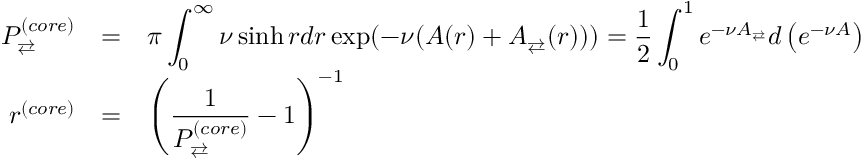
\begin{array} { r l l } { P _ { \rightleftarrows } ^ { ( c o r e ) } } & { = } & { \displaystyle \pi \int _ { 0 } ^ { \infty } \nu \sinh r d r \exp ( - \nu ( A ( r ) + A _ { \rightleftarrows } ( r ) ) ) = \frac { 1 } { 2 } \int _ { 0 } ^ { 1 } e ^ { - \nu A _ { \rightleftarrows } } d \left( e ^ { - \nu A } \right) \medskip } \\ { r ^ { ( c o r e ) } } & { = } & { \displaystyle \left( \frac { 1 } { P _ { \rightleftarrows } ^ { ( c o r e ) } } - 1 \right) ^ { - 1 } } \end{array}